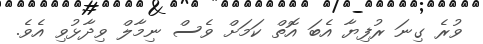
ވުރެ ގިނަ ރުފިޔާ އެބަ އޮތް ކަމަށް ވެސް ނިމާލް ވިދާޅުވި އެވެ.